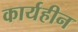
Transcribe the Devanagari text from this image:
कार्यहीन